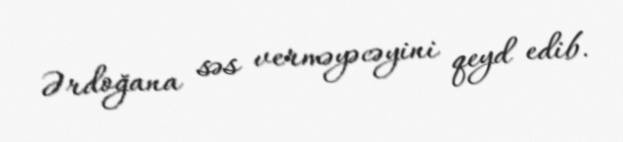
Ərdoğana səs verməyəcəyini qeyd edib.